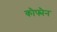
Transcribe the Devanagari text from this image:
कौफ्मैन